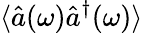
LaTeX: \langle\hat{a}(\omega)\hat{a}^{\dagger}(\omega)\rangle